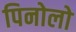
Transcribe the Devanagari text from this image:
पिनोलो